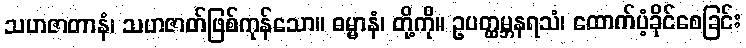
သဟဇာတာနံ၊ သဟဇာတ်ဖြစ်ကုန်သော။ ဓမ္မာနံ၊ တို့ကို။ ဥပတ္ထမ္ဘနရသံ၊ ထောက်ပံ့ခိုင်စေခြင်း